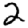
Digit: 2